Problem: 3 + 3 = ?
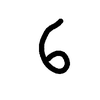
Handwritten answer: 6